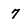
Character: 7